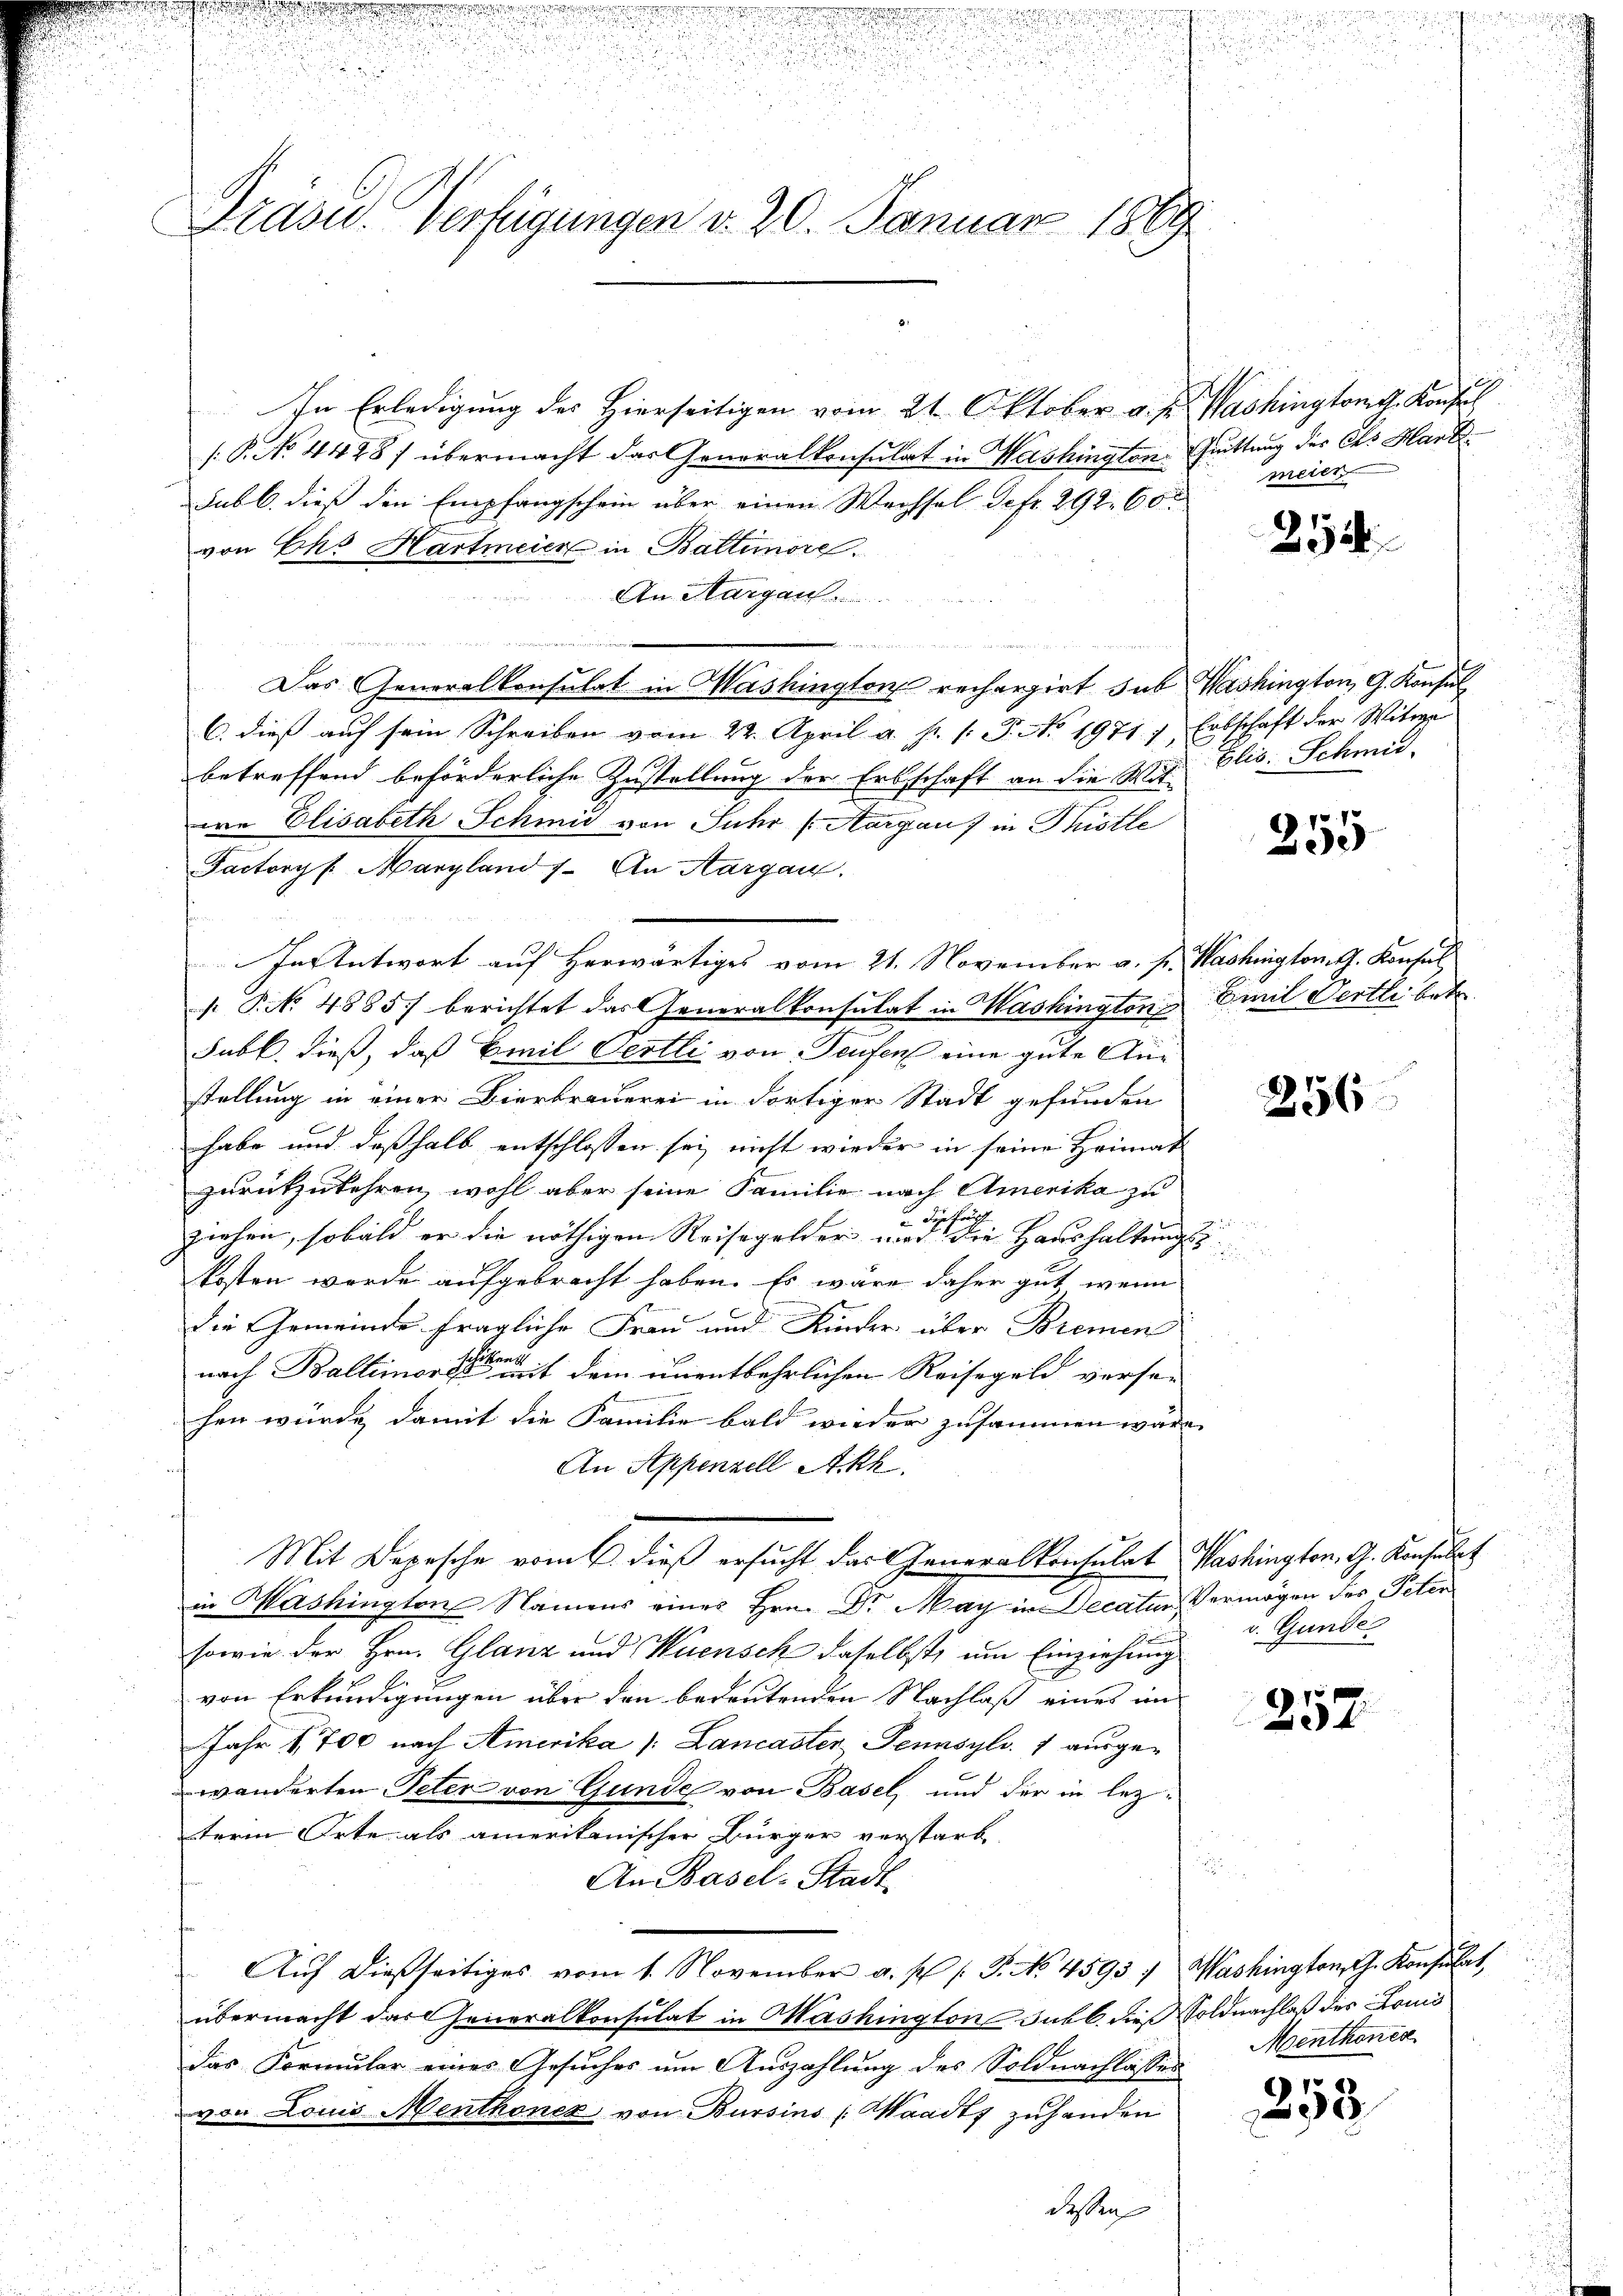
Grasu. Verfügungen d. 20. Januar 1869

In Erledigung des Hierseitigen vom 21. Oktober a. p. Washingtont. Konsul
[P.No. 4428) übermacht das Generalkonsulat in Washington, Quittung der Ces Hart¬
Subl. dieß den Empfangschein über einen Wechsel defr. 292. 60
von Chs Hartmeier in Baltinore.
An Aargau
.
Das Generalkonsulat in Washington rechargirt sub Washington, G. Konsul
C. dieß auf sein Schreiben vom 22. April a. s. v. J. No. 1971 f. Entschaft der Witwe
betreffend beförderliche Zustellung der Erbschaft an die Mit Elis. Schmid-
we Elisabeth Schmid von Suhr Margau) in Pistle
Factoryf Marzland 7. An Aargau.
In Antwort auf Herwärtiges vom 21. November a. p. Washington. t. Konsul
 P. No. 4885) berichtet das Generalkonsulat in Washington Emil Oertli betr.
Subl., dieß, daß Emil Oertli von Teufen eine gute Anstellung in einer Bierbrauerei in dortiger Stadt gefunden
habe und deßhalb entschlossen sei nicht wieder in seine Heimat
zurückzukehren, wohl aber seine Familie nach Amerika zu
ziehen, sobald er die nöthigen Reisegelder und der die Haushaltungskosten werde aufgebracht haben. Es wäre daher gut, wenn
die Gemeinde fragliche Frau und Kinder über Bremen
nach Baltener auf dem unentbehrlichen Reisegeld versachen würde, damit die Familie bald wieder zusammen wäre,
An Appenzell Akk
Mit Depesche vom 6. dieß ersucht das Generalkonsulat Washington. G. Konsulat
in Mashington Namens eines Hrn. Dr. May in Decatur Vermögen des Peter
sowie der Hrn. Glanz und Huensch daselbst, um Einziehung
von Erkundigungen über den bedeutenden Nachlaß eines an
Jahr 1700 nach Amerika /: Lancaster Sennsylv. 1 ausgewänderten Peter von Gunde von Basel, und der in lezterm Orte als amerikanischer Bürger verstarb
.
An Basel-Stadt
Aŭf dießseitiges vom 1. November a. p. s. S. No. 4595 : Washington, C. Konsulat,
übermacht das Generalkonsulat in Mashington Jabl dieß Soldnachlaß des Loui
das Formular eines Gesuches um Auszahlung des Soldnachlasses
von Louis Menthonez von Bursins (Waadt zuhanden
deßen

meien

254

255

256

v. Gunde

252

Menthenes

258.